Indian journal of veterinary science and animal husbandry - Volumes 28-29, 1958-1959
Year: 1958
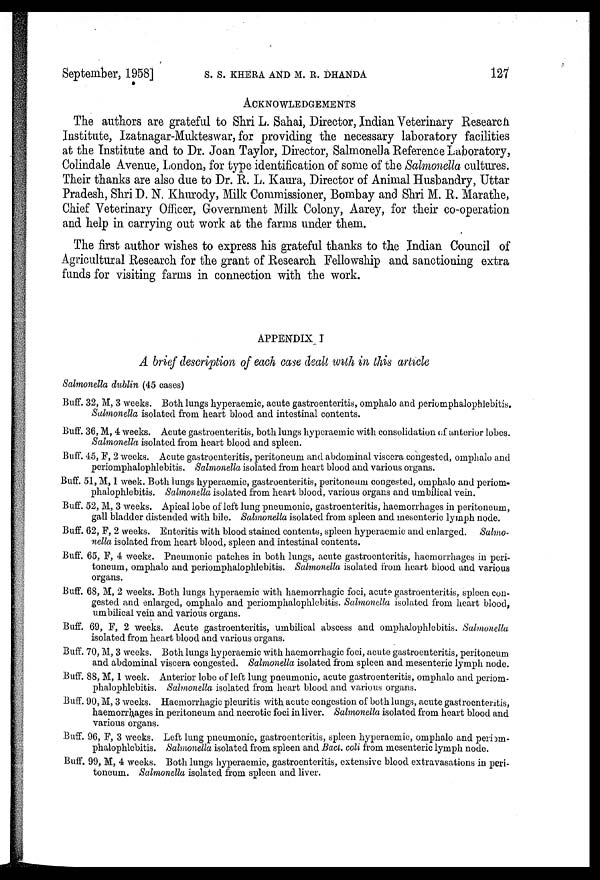
September, 1958]
S.S.
KHERA
AND
M.
R.
DHANDA
127
ACKNOWLEDGEMENTS
The authors are grateful to Shri L. Sahai, Director, Indian Veterinary Research
Institute, Izatnagar-Mukteswar, for providing the necessary laboratory facilities
at the Institute and to Dr. Joan Taylor, Director, Salmonella Reference Laboratory,
Colindale Avenue, London, for type identification of some of the Salmonella cultures.
Their thanks are also due to Dr. R. L. Kaura, Director of Animal Husbandry, Uttar
Pradesh, Shri D. N. Khurody, Milk Commissioner, Bombay and Shri M. R. Marathe,
Chief Veterinary Officer, Government Milk Colony, Aarey, for their co-operation
and help in carrying out work at the farms under them.
The first author wishes to express his grateful thanks to the Indian Council of
Agricultural Research for the grant of Research Fellowship and sanctioning extra
funds for visiting farms in connection with the work.
APPENDIX I
A brief description of each case dealt with in this article
Salmonella dublin (45 cases)
Buff. 32, M, 3 weeks. Both lungs hyperaemic, acute gastroenteritis, omphalo and periomphalophlebitis.
Salmonella isolated from heart blood and intestinal contents.
Buff. 36, M, 4 weeks. Acute gastroenteritis, both lungs hyperaemic with consolidation of anterior lobes.
Salmonella isolated from heart blood and spleen.
Buff. 45, F, 2 weeks. Acute gastroenteritis, peritoneum and abdominal viscera congested, omphalo and
periomphalophlebitis. Salmonella isolated from heart blood and various organs.
Buff. 51, M, 1 week. Both lungs hyperaemic, gastroenteritis, peritoneum congested, omphalo and periom-
phalophlebitis. Salmonella isolated from heart blood, various organs and umbilical vein.
Buff. 52, M, 3 weeks. Apical lobe of left lung pneumonic, gastroenteritis, haemorrhages in peritoneum,
gall bladder distended with bile. Salmonella isolated from spleen and mesenteric lymph node.
Buff. 62, F, 2 weeks. Enteritis with blood stained contents, spleen hyperaemic and enlarged.
Salmo-
nella isolated from heart blood, spleen and intestinal contents.
Buff. 65, F, 4 weeks. Pneumonic patches in both lungs, acute gastroenteritis, haemorrhages in peri-
toneum, omphalo and periomphalophlebitis. Salmonella isolated from heart blood and various
organs.
Buff. 68, M, 2 weeks. Both lungs hyperaemic with haemorrhagic foci, acute gastroenteritis, spleen con-
gested and enlarged, omphalo and periomphalophlebitis. Salmonella isolated from heart blood,
umbilical vein and various organs.
Buff. 69, F, 2 weeks. Acute gastroenteritis, umbilical abscess and omphalophlebitis. Salmonella
isolated from heart blood and various organs.
Buff. 70, M, 3 weeks. Both lungs hyperaemic with haemorrhagic foci, acute gastroenteritis, peritoneum
and abdominal viscera congested. Salmonella isolated from spleen and mesenteric lymph node.
Buff. 88, M, 1 week. Anterior lobe of left lung pneumonic, acute gastroenteritis, omphalo and periom-
phalophlebitis. Salmonella isolated from heart blood and various organs.
Buff. 90, M, 3 weeks. Haemorrhagic pleuritis with acute congestion of both lungs, acute gastroenteritis,
haemorrhages in peritoneum and necrotic foci in liver. Salmonella isolated from heart blood and
various organs.
Buff. 96, F, 3 weeks. Left lung pneumonic, gastroenteritis, spleen hyperaemic, omphalo and periem-
phalophlebitis. Salmonella isolated from spleen and Bact. coli from mesenteric lymph node.
Buff. 99, M, 4 weeks. Both lungs hyperaemic, gastroenteritis, extensive blood extravasations in peri-
toneum. Salmonella isolated from spleen and liver.